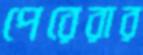
পেরেরার